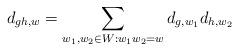
LaTeX: \begin{align*}d_{gh,w}=\sum_{w_1,w_2\in W:w_1w_2=w} d_{g,w_1} d_{h,w_2}\end{align*}